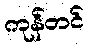
ကုန်တင်